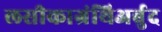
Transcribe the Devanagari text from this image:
लसीकाग्रंथिअर्बुद